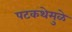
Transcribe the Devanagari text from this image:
पटकथेमुळे